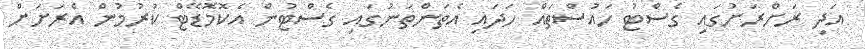
އަދި ރަށްރަށުގައި ގެސްޓު ހައުސްތައް ހަދައި އެތަންތަނުގައި ގެސްޓުން އެކޮމޮޑޭޓް ކުރުމުން އެރަށަށް